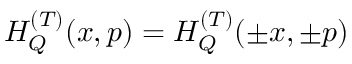
H _ { Q } ^ { ( T ) } ( x , p ) = H _ { Q } ^ { ( T ) } ( \pm x , \pm p )